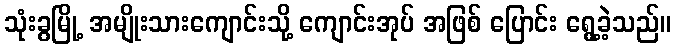
သုံးခွမြို့ အမျိုးသားကျောင်းသို့ ကျောင်းအုပ် အဖြစ် ပြောင်း ရွေ့ခဲ့သည်။